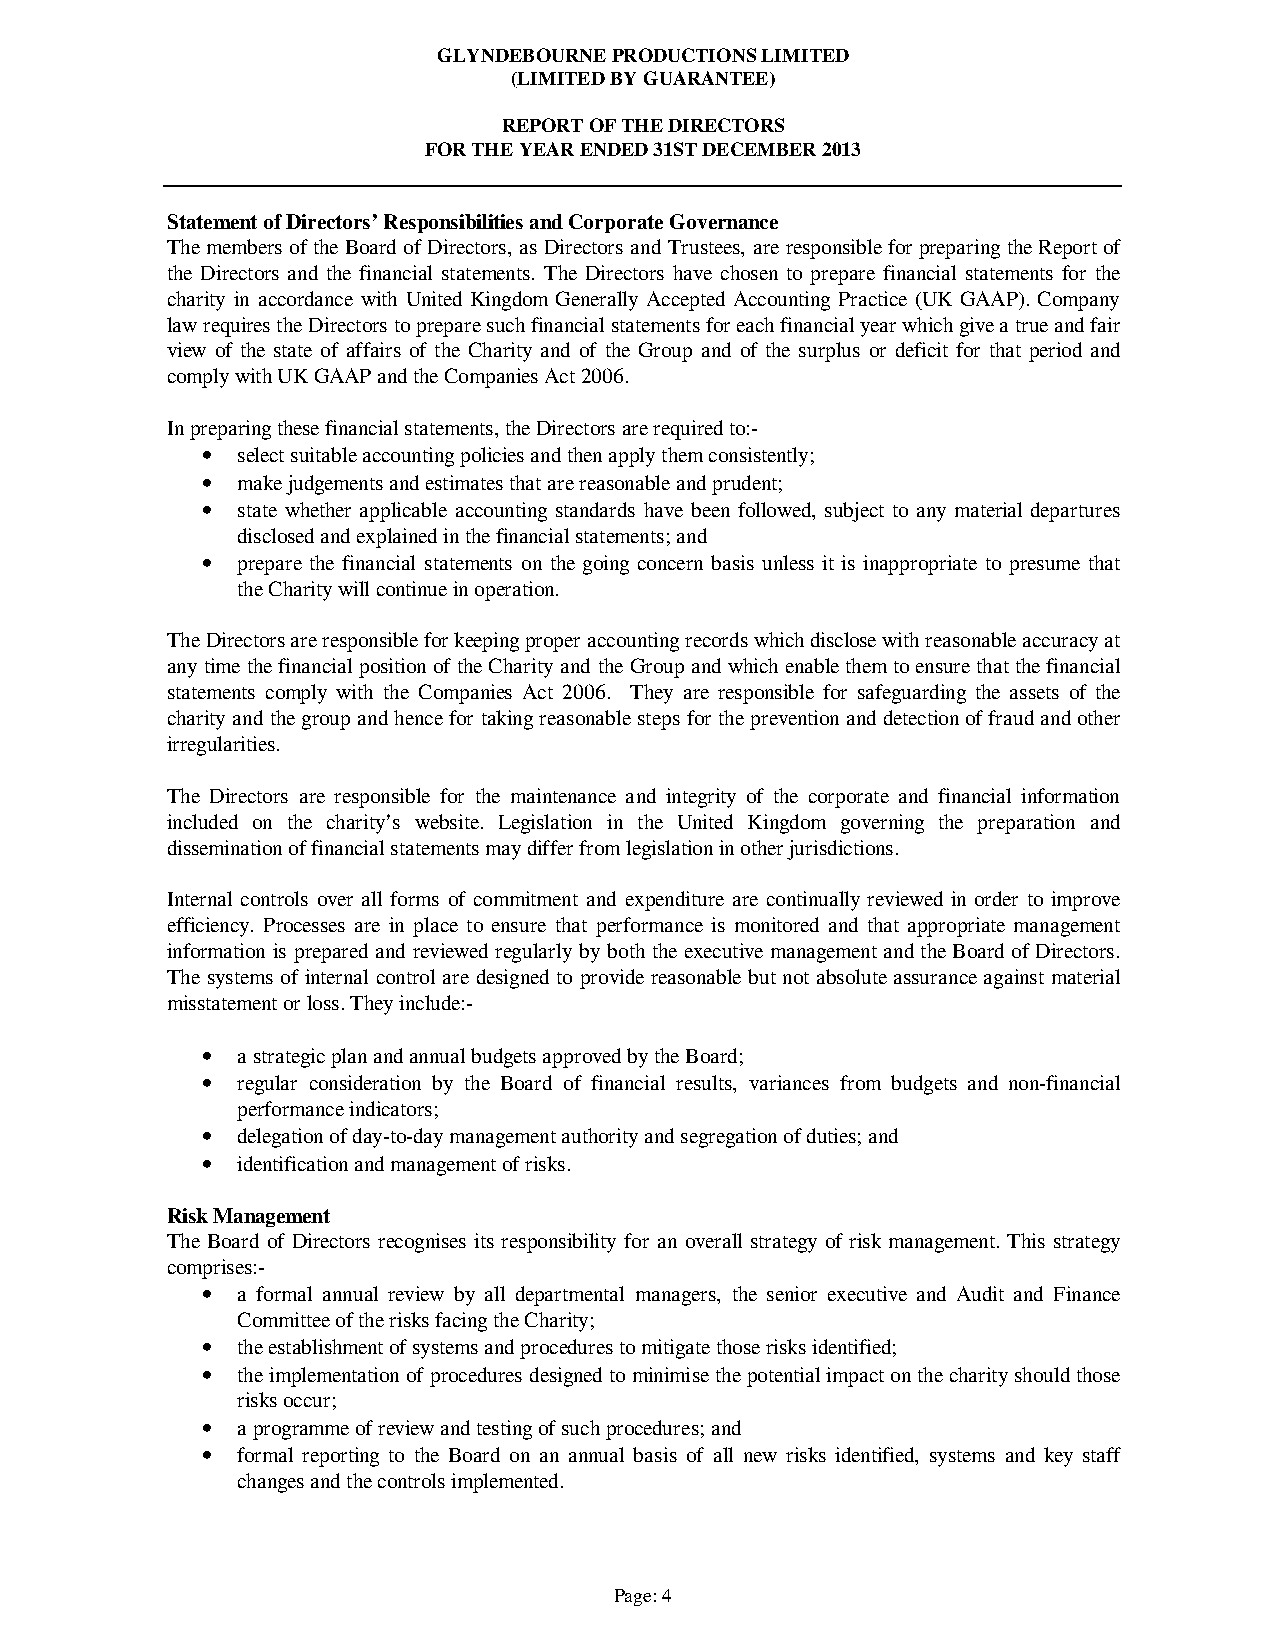
GLYNDEBOURNE PRODUCTIONS LIMITED
 (LIMITED BY GUARANTEE)
 REPORT OF THE DIRECTORS
 FOR THE YEAR ENDED 31ST DECEMBER 2013
 Statement of Directors’ Responsibilities and Corporate Governance
 The members of the Board of Directors, as Directors and Trustees, are responsible for preparing the Report of
 the Directors and the financial statements. The Directors have chosen to prepare financial statements for the
 charity in accordance with United Kingdom Generally Accepted Accounting Practice (UK GAAP). Company
 law requires the Directors to prepare such financial statements for each financial year which give a true and fair
 view of the state of affairs of the Charity and of the Group and of the surplus or deficit for that period and
 comply with UK GAAP and the Companies Act 2006.
 In preparing these financial statements, the Directors are required to:-
 •  select suitable accounting policies and then apply them consistently;
 •  make judgements and estimates that are reasonable and prudent;
 •  state whether applicable accounting standards have been followed, subject to any material departures
 disclosed and explained in the financial statements; and
 •  prepare the financial statements on the going concern basis unless it is inappropriate to presume that
 the Charity will continue in operation.
 The Directors are responsible for keeping proper accounting records which disclose with reasonable accuracy at
 any time the financial position of the Charity and the Group and which enable them to ensure that the financial
 statements comply with the Companies Act 2006. They are responsible for safeguarding the assets of the
 charity and the group and hence for taking reasonable steps for the prevention and detection of fraud and other
 irregularities.
 The Directors are responsible for the maintenance and integrity of the corporate and financial information
 included on the charity’s website. Legislation in the United Kingdom governing the preparation and
 dissemination of financial statements may differ from legislation in other jurisdictions.
 Internal controls over all forms of commitment and expenditure are continually reviewed in order to improve
 efficiency. Processes are in place to ensure that performance is monitored and that appropriate management
 information is prepared and reviewed regularly by both the executive management and the Board of Directors.
 The systems of internal control are designed to provide reasonable but not absolute assurance against material
 misstatement or loss. They include:-
 •  a strategic plan and annual budgets approved by the Board;
 •  regular consideration by the Board of financial results, variances from budgets and non-financial
 performance indicators;
 •  delegation of day-to-day management authority and segregation of duties; and
 •  identification and management of risks.
 Risk Management
 The Board of Directors recognises its responsibility for an overall strategy of risk management. This strategy
 comprises:-
 •  a formal annual review by all departmental managers, the senior executive and Audit and Finance
 Committee of the risks facing the Charity;
 •  the establishment of systems and procedures to mitigate those risks identified;
 •  the implementation of procedures designed to minimise the potential impact on the charity should those
 risks occur;
 •  a programme of review and testing of such procedures; and
 •  formal reporting to the Board on an annual basis of all new risks identified, systems and key staff
 changes and the controls implemented.
 Page: 4